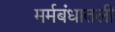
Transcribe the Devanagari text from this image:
मर्मबंधातली